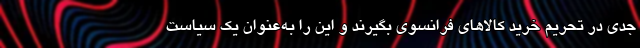
جدی در تحریم خرید کالاهای فرانسوی بگیرند و این را به‌عنوان یک سیاست